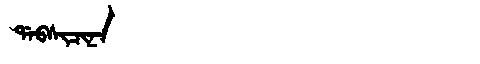
Manchu: ᡩᠠᠪᠰᡳᠴᡳᠨᠠ
Romanization: DABSICINA